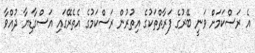
އެ ރަސްކަމަށް ވަނީ ބޭރުގެ ފަރާތްތަކުގެ އިތުރުން ރަސްކަމުގެ އެތެރޭގައި އަސްގާޑިޔާ ދުއްވާ